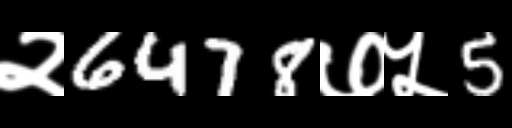
Text: २6478७५5